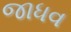
જાધવ